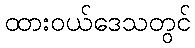
ထားဝယ်ဒေသတွင်